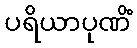
ပရိယာပုဏိံ